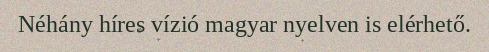
Néhány híres vízió magyar nyelven is elérhető.